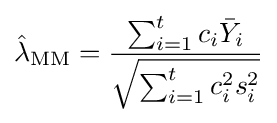
{\hat {\lambda }}_{\text{MM}}={\frac {\sum _{i=1}^{t}c_{i}{\bar {Y}}_{i}}{\sqrt {\sum _{i=1}^{t}c_{i}^{2}s_{i}^{2}}}}